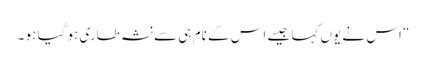
“ اس نے یوں کہا جیسے اس کے نام ہی سے نشہ طاری ہو گیا ہو ۔